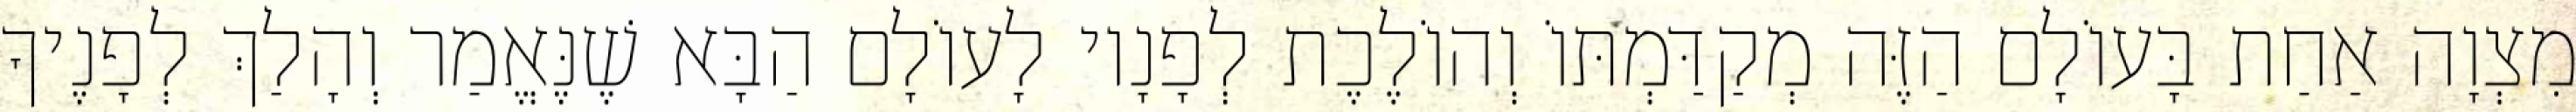
מִצְוָה אַחַת בָּעוֹלָם הַזֶּה מְקַדַּמְתּוֹ וְהוֹלֶכֶת לְפָנָיו לָעוֹלָם הַבָּא שֶׁנֶּאֱמַר וְהָלַךְ לְפָנֶיךָ